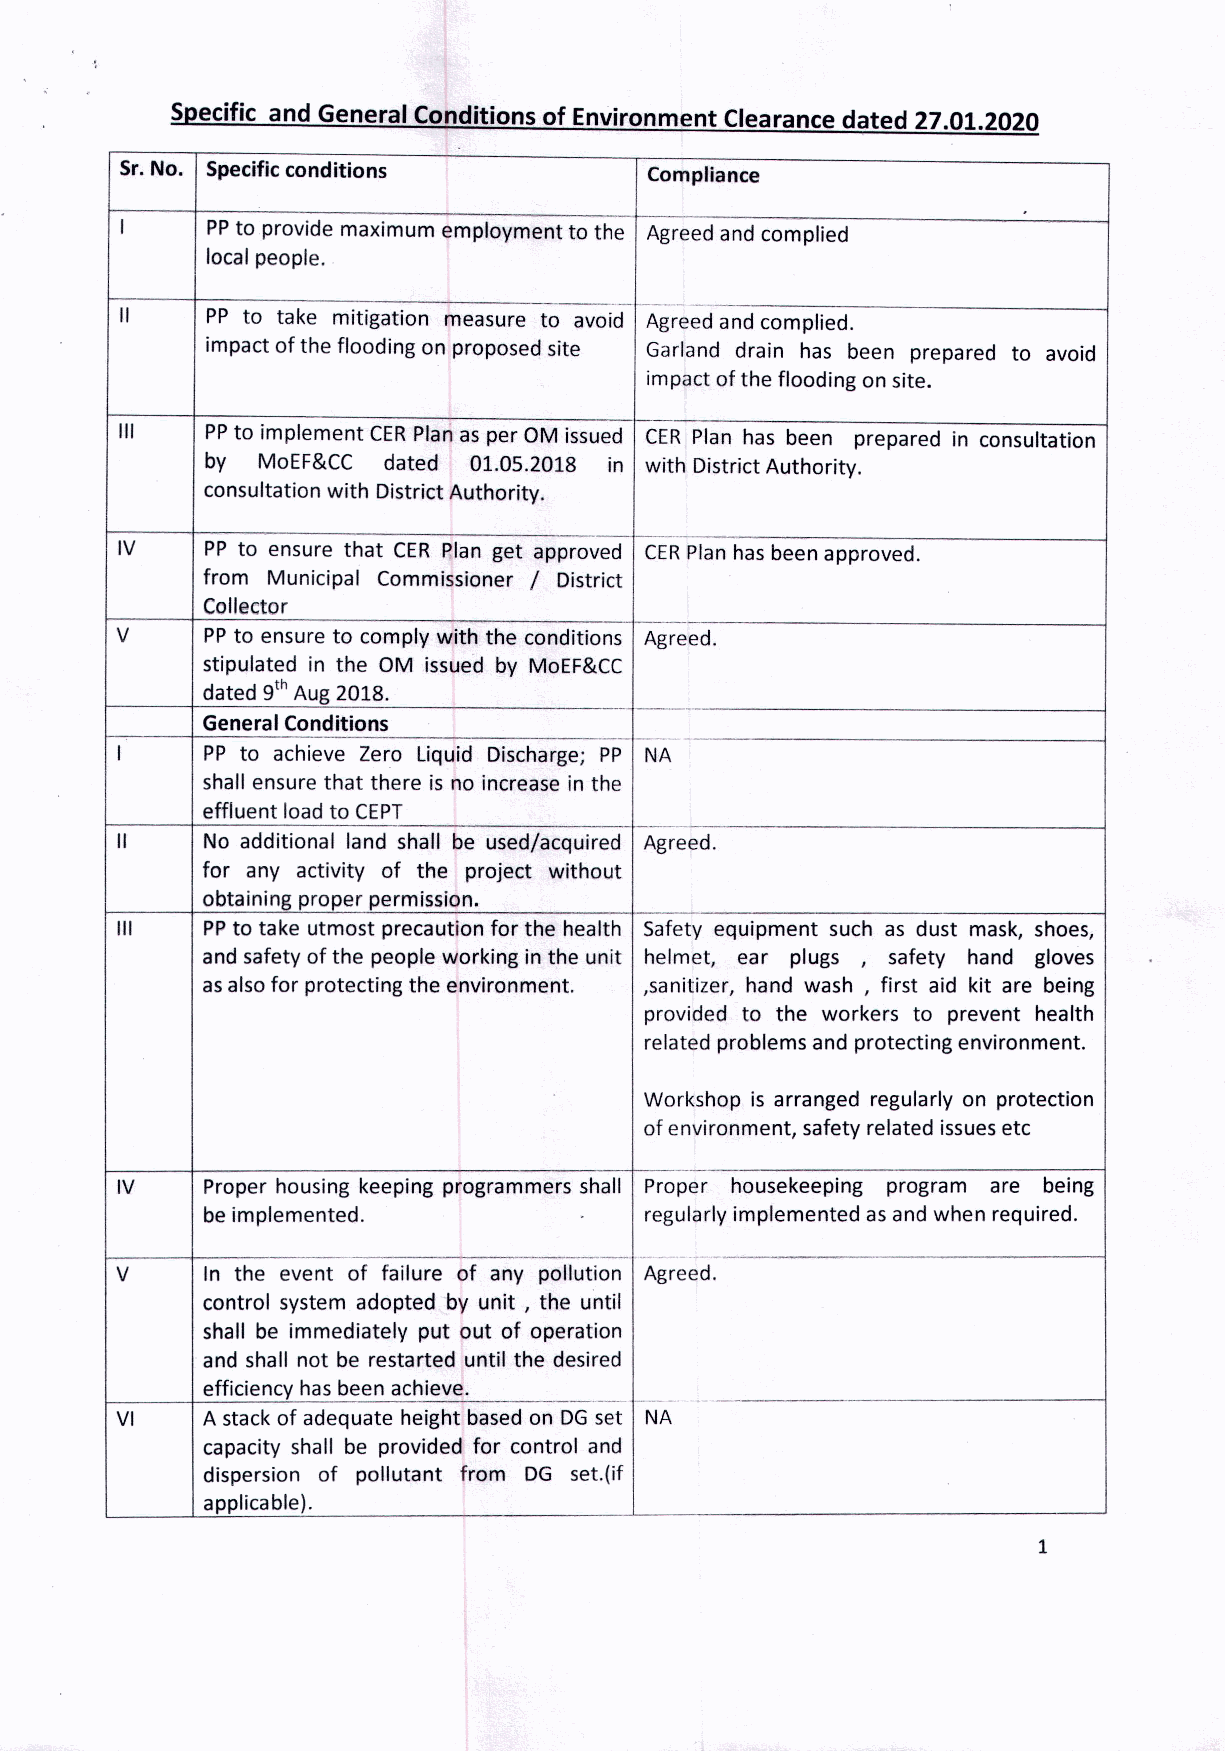
Specific and General Conditions of Environment Clearance dated 27.01.2020
 Sr.No. Specificconditions          Compliance
 I     PPto provide maximum employment to the Agreed andcomplied
 localpeople.
 -
 II    PP to take mitigation measure to avoid Agreedand complied.
 impact of the flooding on proposed site Garland drain has been prepared to avoid
 impact of the flooding on site.
 III   PPto implement CERPlanasper OM issued CERPlan has been prepared in consultation
 by MoEF&CC dated 01.05.2018 in with District Authority.
 consultation with District Authority.
 --
 IV    PPto ensure that CERPlan get approved CERPlanhasbeen approved.
 from Municipal Commissioner / District
 Collector
 V     PPto ensure to comply with the conditions Agreed.
 stipulated in the OM issued by MoEF&CC
 dated 9thAug2018.
 General Conditions
 -
 I     PP to achieve Zero Liquid Discharge; PP NA
 shallensure that there is no increase in the
 effluent loadto CEPT
 II    No additional land shall be used/acquired Agreed.
 for any activity of the project without
 obtaining proper permission.
 III   PPto take utmost precaution for the health Safety equipment such as dust mask, shoes,
 andsafety of the people working in the unit helmet, ear plugs , safety hand gloves
 asalsofor protecting the environment. ,sanitizer, hand wash , first aid kit are being
 provided to the workers to prevent health
 related problems and protecting environment.
 Workshop is arranged regularly on protection
 of environment, safety related issuesetc
 IV    Proper housing keeping programmers shall Proper housekeeping program are being
 beimplemented.               regularly implemented asandwhen required.
 -----   ..--.-.---..,-
 V     In the event of failure of any pollution Agreed.
 control system adopted by unit, the until
 shall be immediately put out of operation
 and shall not be restarted until the desired
 efficiency hasbeen achieve. -_.
 ---    ----
 VI   Astackof adequate height basedon DGset NA
 capacity shall be provided for control and
 dispersion of pollutant from DG set.(if
 applicable},
 1